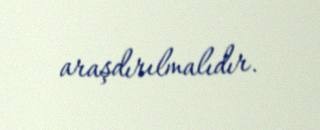
araşdırılmalıdır.